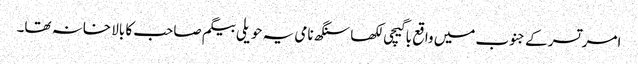
امرتسر کے جنوب میں واقع باگیچی لکھا سنگھ نامی یہ حویلی بیگم صاحب کا بالا خانہ تھا۔